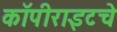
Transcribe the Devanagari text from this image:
कॉपीराइटचे